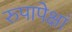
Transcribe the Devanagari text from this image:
रुपापेक्षां